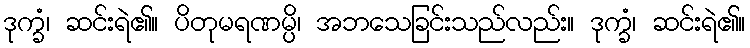
ဒုက္ခံ၊ ဆင်းရဲ၏။ ပိတုမရဏမ္ပိ၊ အဘသေခြင်းသည်လည်း။ ဒုက္ခံ၊ ဆင်းရဲ၏။